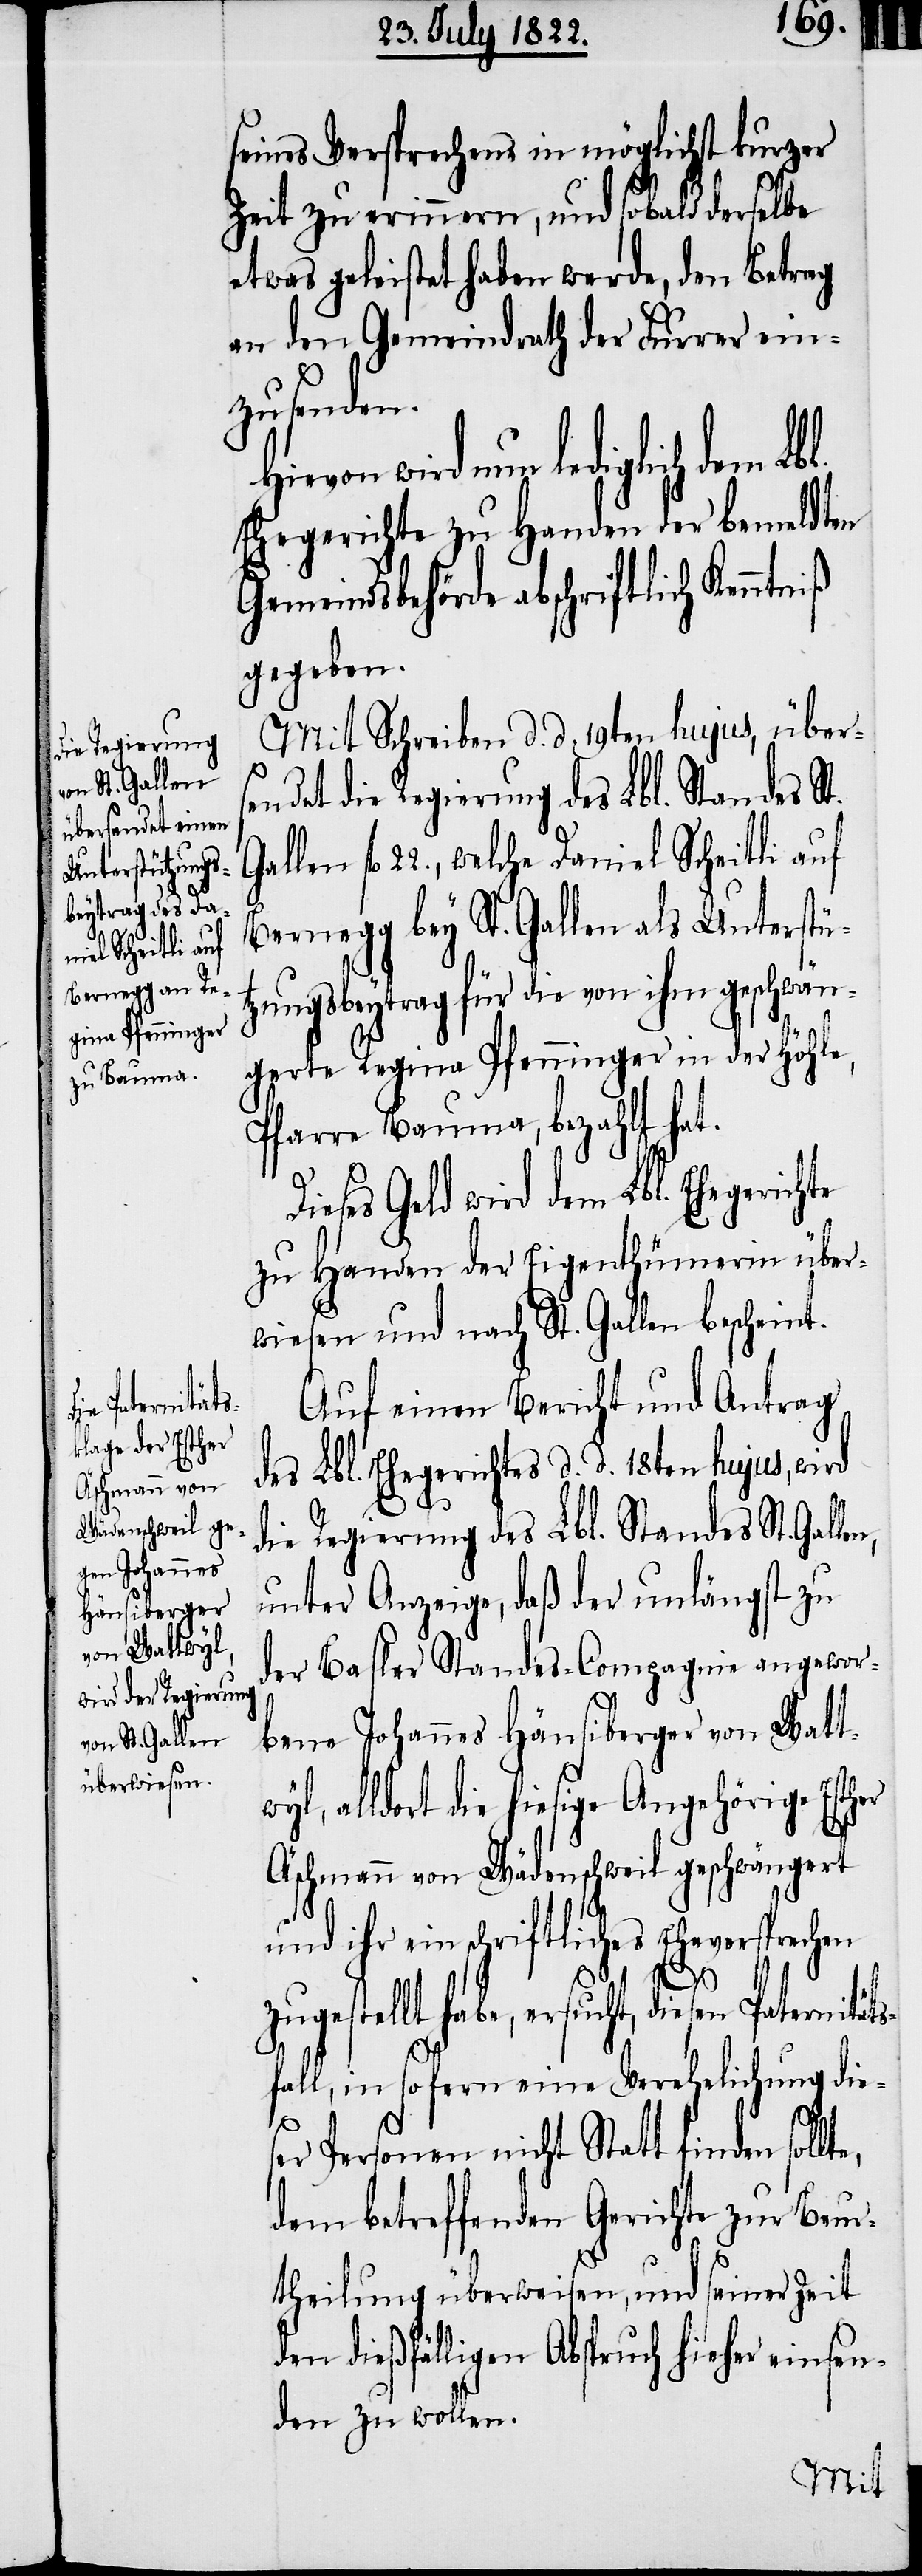
seines Versprechens in möglichst kurzer
Zeit zu erinnern, und sobald derselbe
etwas geleistet haben werde, den Betrag
an den Gemeindrath der Furrer ein¬
zusenden.
wird nun lediglich dem Lbl.
Ehegerichte zu Handen der bemeldten
Gemeindsbehörde abschriftlich Kenn¬
gegeben.
Mit Schreiben d. d. 19ten hujus, über¬
fl. 22., welche Daniel Scheitli auf
Bernegg bey St. Gallen als Unterstü¬
zungsbeytrag für die von ihm geschwän¬
gerte Regina Pfenninger in der Höhle,
Pfarre Bauma, bezahlt hat.
Dieses Geld wird dem Lbl. Ehegerichte
zu Handen der Eigenthümer über¬
wiesen und nach St. Gallen bescheint.
Auf einen Bericht und Antrag
des Lbl. Ehegerichtes d. d. 18ten hujus, wird
die Regierung des Lbl. Standes St. Gal¬
unter Anzeige, daß der unlängst zu
der Basler Standes-Compagnie angewor¬
bene Johannes Häusiberger von Watt¬
wyl, alldort die hiesige Angehörige Esther
Äschmann von Wädenschweil geschwängert
und ihr ein schriftliches Eheversprechen
zugestellt habe, ersucht, diesen Paternitä¬
fall, in so fern eine Verehelichung die¬
ts¬
ser Personen nicht Statt finden sollte,
dem betreffenden Gerichte zur Beur¬
theilung überweisen, und seiner Zeit
den dießfälligen Abspruch hieher einsen¬
den zu wollen.